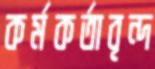
কর্মকর্তাবৃন্দ